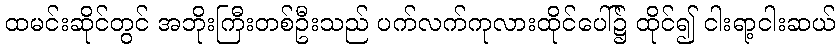
ထမင်းဆိုင်တွင် အဘိုးကြီးတစ်ဦးသည် ပက်လက်ကုလားထိုင်ပေါ်၌ ထိုင်၍ ငါးရာ့ငါးဆယ်